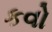
કવો